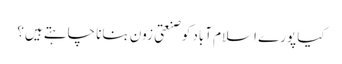
کیا پورے اسلام آباد کو صنعتی زون بنانا چاہتے ہیں؟